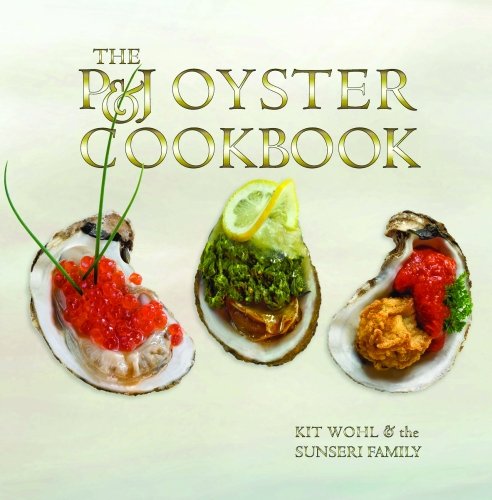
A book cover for P&J Oyster Cookbook, The; Kit Wohl; Cookbooks, Food & Wine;